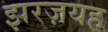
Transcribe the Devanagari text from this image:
झरज़यह